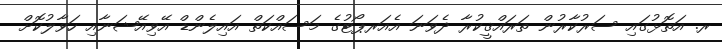
ރ. އަތޮޅުގައި ސަރުކާރުން ތަރައްޤީކުރާ ދެވަނަ އެއަރޕޯޓުގެ މަސައްކަތް އައިލެންޑް އޭވިއޭޝަނާއި ހަވާލުކޮށް